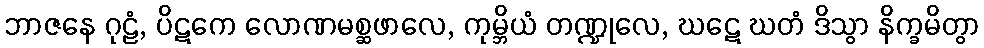
ဘာဇနေ ဂုဠံ, ပိဋကေ လောဏမစ္ဆဖာလေ, ကုမ္ဘိယံ တဏ္ဍုလေ, ဃဋေ ဃတံ ဒိသွာ နိက္ခမိတွာ